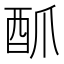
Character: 𮠜